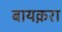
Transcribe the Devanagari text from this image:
बायक़रा